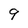
Character: 9